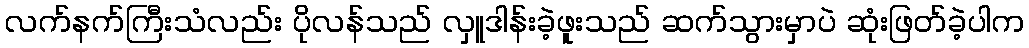
လက်နက်ကြီးသံလည်း ပိုလန်သည် လှူဒါန်းခဲ့ဖူးသည် ဆက်သွားမှာပဲ ဆုံးဖြတ်ခဲ့ပါက